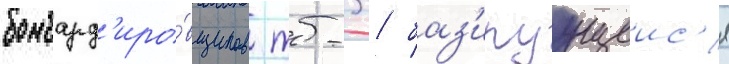
бомбард'иро́вщиков тб-3 / баз'ируущеис'я